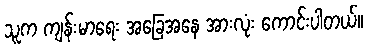
သူက ကျန်းမာရေး အခြေအနေ အားလုံး ကောင်းပါတယ်။